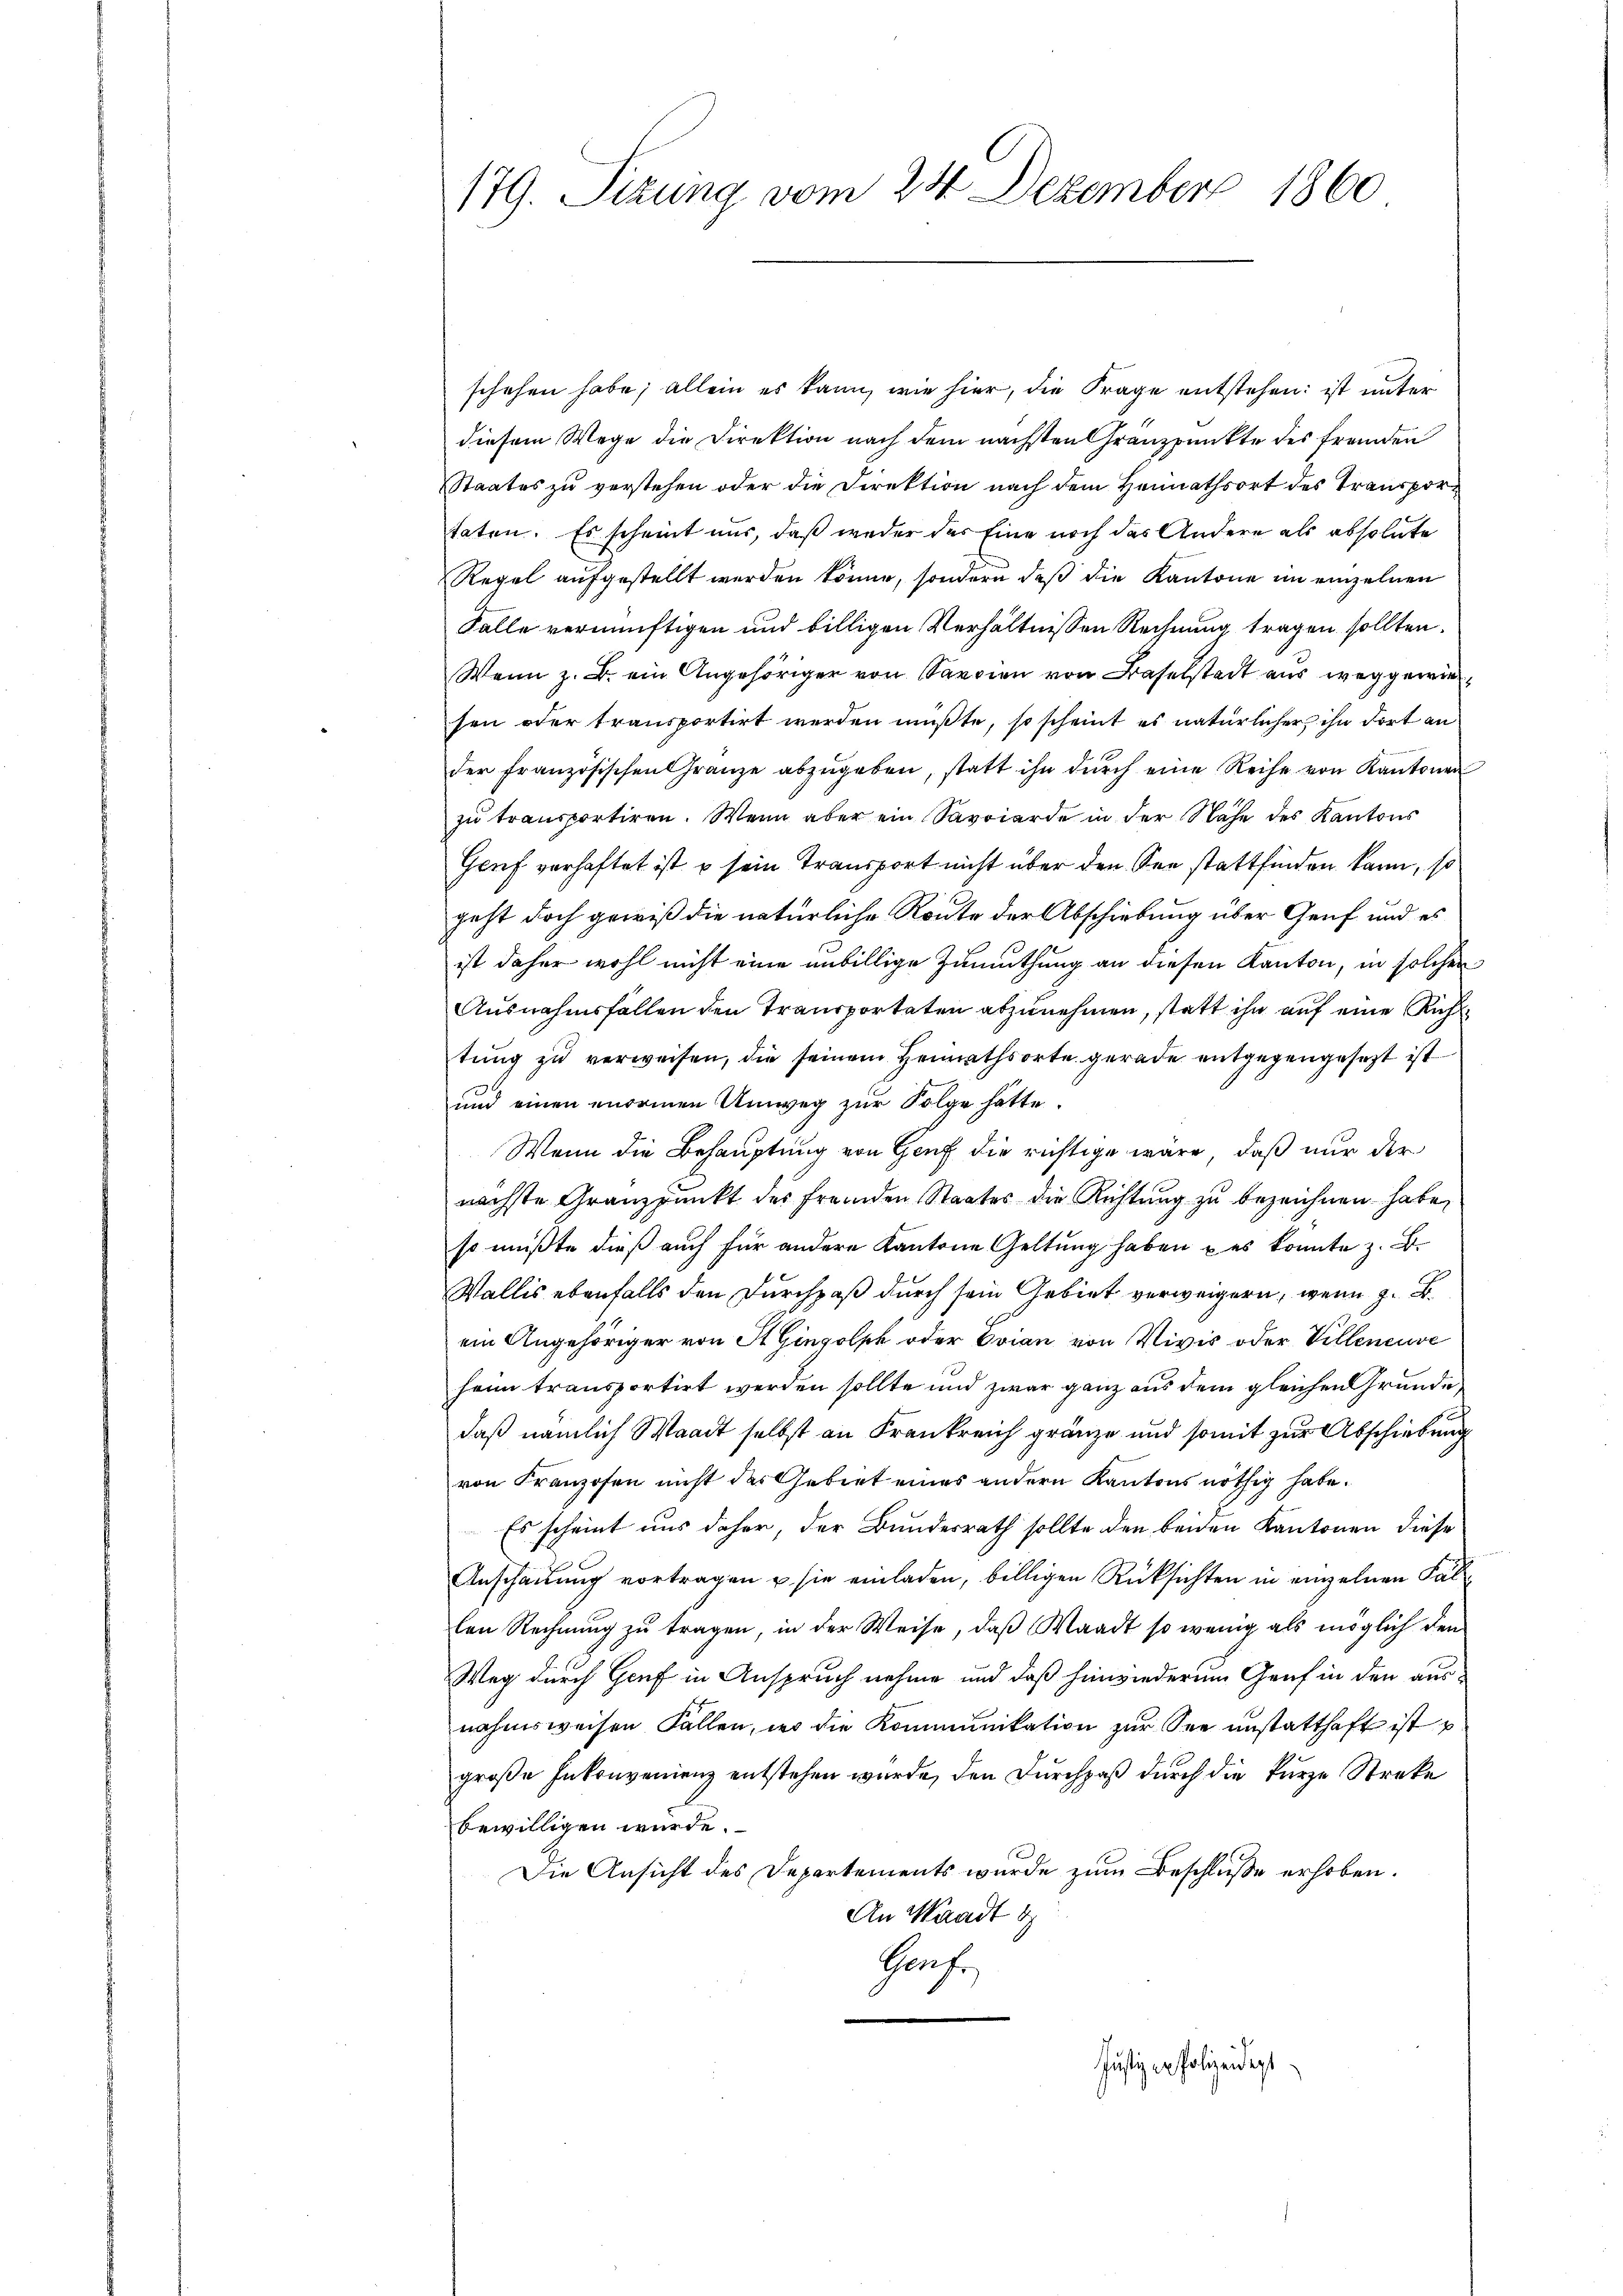
179. Setzung vom 24. Dezember 1860

schehen habe; allein es kann, wie hier, die Frage entstehen; ist unter
diesem Wege die Direktion nach dem nächsten Granzpunkte des franden
Staates zu verstehen oder die Direktion nach dem Heimathsort des Transportaten. Es scheint uns, daß weder der Eine noch das Andere als absolute
Regel aufgestellt werden könne, sondern daß die Kantone im einzelnen
Falle vernünftigen und billigen Verhältnissen Rechnung tragen sollten.
Wenn z. B. ein Angehöriger von Sargien von Baselstadt aus weggewie
sen oder transportirt werden müßte, so scheint es natürlicher ihn dort an
der französischen Granze abzŭgeben, statt ihn dŭrch eine Reihe von Kantonen
zu transportiren. Wenn aber ein Savoiarde in der Nähe des Kantons
Gruf verhaftet ist u sein Transport nicht über den See stattfinden kann, so
geht doch gewiß die natürliche Route der Abschiebung über Genf und es
ist daher wohl nicht eine unbillige Zumuthung an diesen Kanton, in solcher
Ausnahmsfällen den Transporteten abzunehmen, statt ihn auf eine Rich
tung zu verweisen, die seinem Heimathsorte gerade entgegengesezt ist
und einen enormen Umweg zur Folge hatte.
Wenn die Behauptung von Genf die richtige wäre, daß nur der
nächste Granzpunkt des fremden Staates die Richtung zu bezeichnen habe,
so müßte dieß auch für andere Kantone Geltung haben u es konnte z. B.
Wallis ebenfalls den Durchpaß durch sein Gebiet verweigern, wenn z. B.
ein Angehöriger von St. Gingolph oder Evian von Vivis oder Villeneuve
heim transportirt werden sollte und zwar ganz aus dem gleichen Grunde,
daß nämlich Waadt selbst an Frankreich gränze und somit zur Abschiebung
von Franzosen nicht das Gebiet eines andern Kantons nöthig habe.
Es scheint aus daher, der Bundesrath sollte den beiden Kantonen diese
Anschauung vortragen u. sie einladen, billigen Rücksichten in einzelnen Fallen Rechnung zu tragen, in der Weise, daß Waadt so wenig als möglich den
Weg durch Genf in Anspruch nehme und daß hinwiederum Gruf in den ausnahmsweisen Fallen, wo die Kommunikation zur See anstatthaft ist u.
große Inkonvenienz entstehen wurde, den Durchpaß durch die kurze Streke
bewilligen würde.
Die Ansicht des Departements wurde zum Beschluße erhoben.
An Waadt d
Grafe.
Justiz in Polizeidest